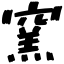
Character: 窯